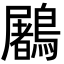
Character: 鷵